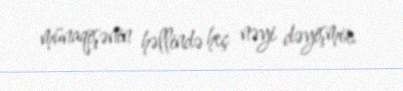
münaqişənin həllində heç nəyi dəyişmir.